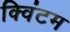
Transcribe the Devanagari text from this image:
क्विंटम